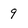
Character: 9